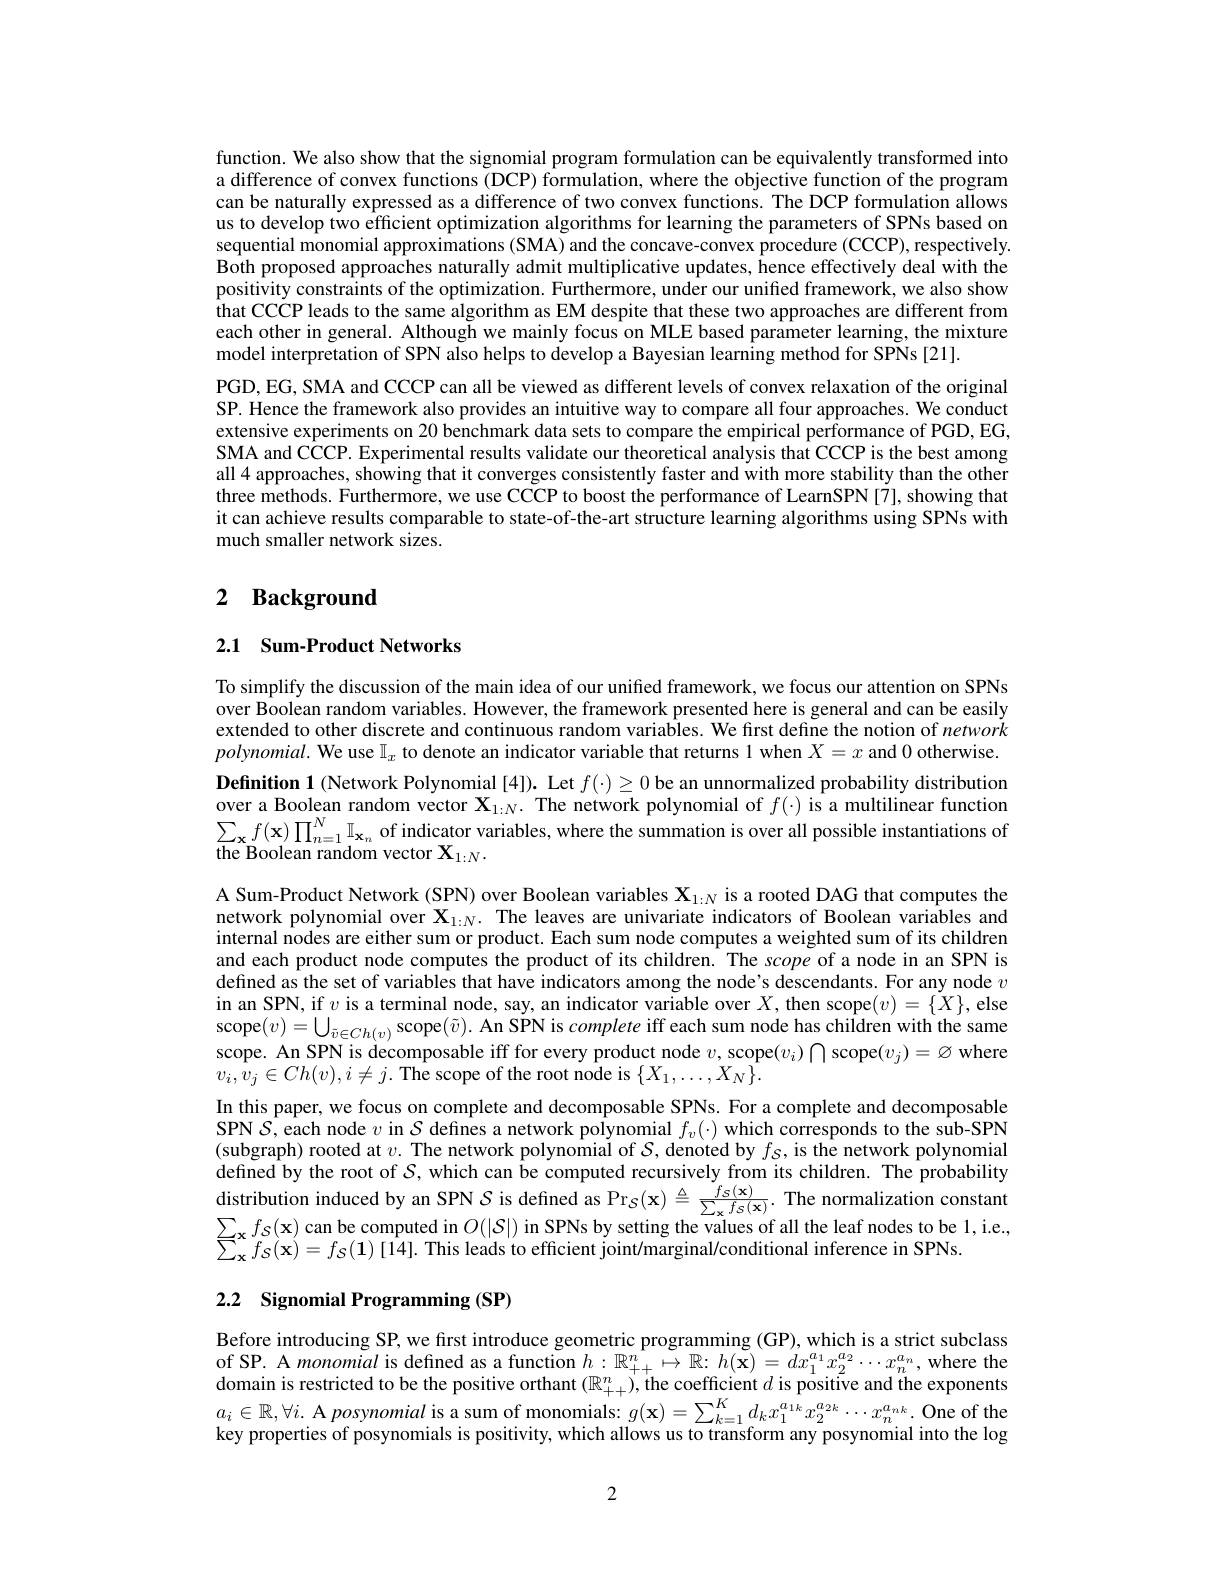
function. We also show that the signomial program formulation can be equivalently transformed into a difference of convex functions (DCP) formulation, where the objective function of the program can be naturally expressed as a difference of two convex functions. The DCP formulation allows us to develop two efficient optimization algorithms for learning the parameters of SPNs based on sequential monomial approximations (SMA) and the concave-convex procedure (CCCP),respectively. Both proposed approaches naturally admit multiplicative updates, hence effectively deal with the positivity constraints of the optimization. Furthermore, under our unified framework, we also show that CCCP leads to the same algorithm as EM despite that these two approaches are different from each other in general. Although we mainly focus on MLE based parameter learning, the mixture model interpretation of SPN also helps to develop a Bayesian learning method for SPNs [21].
PGD, EG, SMA and CCCP can all be viewed as different levels of convex relaxation of the original SP. Hence the framework also provides an intuitive way to compare all four approaches. We conduct extensive experiments on 20 benchmark data sets to compare the empirical performance of PGD, EG, SMA and CCCP. Experimental results validate our theoretical analysis that CCCP is the best among all 4 approaches, showing that it converges consistently faster and with more stability than the other three methods. Furthermore, we use CCCP to boost the performance of LearnSPN [7], showing that it can achieve results comparable to state-of-the-art structure learning algorithms using SPNs with much smaller network sizes.

# 2 Background

## 2.1 Sum-Product Networks

To simplify the discussion of the main idea of our unified framework, we focus our attention on SPNs over Boolean random variables. However, the framework presented here is general and can be easily extended to other discrete and continuous random variables. We first define the notion of network $polynomial.$ We use $\mathbb{I}_x$ to denote an indicator variable that returns 1 when $X=x$ and 0 otherwise. Definition 1 (Network Polynomial [4]). Let $f(\cdot)\geq0$ be an unnormalized probability distribution over a Boolean random vector $\mathbf{X}_{1:N}.$ The network polynomial of $f(\cdot)$ is a multilinear function $\sum_{\mathbf{x}}f(\mathbf{x})\prod_{n=1}^N\mathbb{I}_{\mathbf{x}_n}$ of indicator variables, where the summation is over all possible instantiations of the Boolean random vector $\mathbf{X}_{1:N}.$

A Sum-Product Network (SPN) over Boolean variables $\mathbf{X}_{1:N}$ is a rooted DAG that computes the $\begin{array}{l}\text{network polynomial over X}_{1:N}.&\text{The leaves are univariate indicators of Boolean variables and}\\\text{internal nodes are either sum or product. Each sum node computes a weighted sum of its children}\\\end{array}$ and each product node computes the product of its children. The scope of a node in an SPN is defined as the set of variables that have indicators among the node's descendants. For any node $v$ in an SPN, if $v$ is a terminal node, say, an indicator variable over $X$, then scope$(v)=\{X\}$, else scope$(v)=\bigcup_{\tilde{v}\in Ch(v)}$scope$( \tilde{v} ) . \textbf{An SPN is complete iff each sum node has children with the same}$ scope. An SPN is decomposable iff for every product node $v$, scope$(v_i)\bigcap$scope$(v_j)=\varnothing$ where $v_{i},\bar{v}_{j}\in Ch(v),i\neq j.$ The scope of the root node is $\{X_1,\ldots,X_N\}.$
In this paper, we focus on complete and decomposable SPNs. For a complete and decomposable SPN $\hat{\mathcal{S}},\hat{\text{each node }v}$ in $\mathcal{S}$ defines a network polynomial $f_v(\cdot)$ which corresponds to the sub-SPN (subgraph) rooted at $v.$ The network polynomial of $S$, denoted by $f_{\mathcal{S} }$,is the network polynomial defined by the root of $S$, which can be computed recursively from its children. The probability distribution induced by an SPN $S\text{ is defined as Pr}_{\mathcal{S} }( \mathbf{x} ) \triangleq \frac {f_{\mathcal{S} }( \mathbf{x} ) }{\sum _{\mathbf{x} }f_{\mathcal{S} }( \mathbf{x} ) }.$ The normalization constant $\sum _{\mathbf{x} }f_{\mathcal{S} }( \mathbf{x} )$ can be computed in $O( | \mathcal{S} | )$ in SPNs by setting the values of all the leaf nodes to be 1, i $\sum_{\mathbf{x}}^{\mathbf{x}}f_{S}(\mathbf{x})=f_{\mathcal{S}}(\mathbf{1})[\hat{14}].$ This leads to efficient joint/marginal/conditional inference in SPNs.

## 2.2 Signomial Programming (SP)

Before introducing SP, we first introduce geometric programming (GP), which is a strict subclass of SP. A monomial is defined as a function $h:\mathbb{R}_{++}^n\mapsto\mathbb{R}:h(\mathbf{x})=dx_1^{a_1}x_2^{a_2}\cdots x_n^{a_n}$, where the $\begin{aligned}&\text{domain is restricted to be the positive orthant }(\mathbb{R}_{++}^{n}),\text{the coefficient }d\text{ is positive and the exponents}\\&a_i\in\mathbb{R},\forall i.\text{ A posynomial is a sum of monomials: }g(\mathbf{x})=\sum_{k=1}^{K}d_{k}x_{1}^{a_{1k}}x_{2}^{a_{2k}}\cdots x_{n}^{a_{nk}}.\text{ One of the}\\\end{aligned}$ key properties of posynomials is positivity, which allows us to transform any posynomial into the log

2